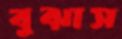
বুঝাস